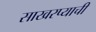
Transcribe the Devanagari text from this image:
साखरप्याची